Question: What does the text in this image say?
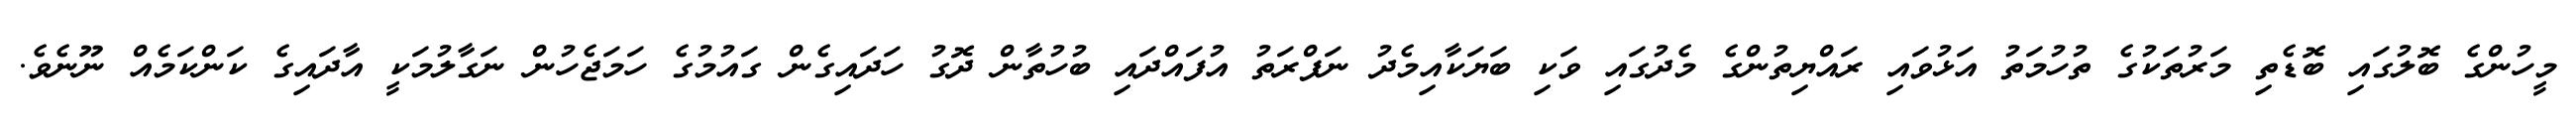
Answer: މީހުންގެ ބޮލުގައި ބޮޑެތި މަރުތަކުގެ ތުހުމަތު އަޅުވައި ރައްޔިތުންގެ މެދުގައި ވަކި ބަޔަކާއިމެދު ނަފްރަތު އުފައްދައި ބުހުތާން ދޮގު ހަދައިގެން ގައުމުގެ ހަމަޖެހުން ނަގާލުމަކީ އާދައިގެ ކަންކަމެއް ނޫނެވެ.